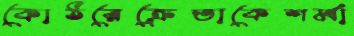
কোঠরেক্রেতাকেশর্মা